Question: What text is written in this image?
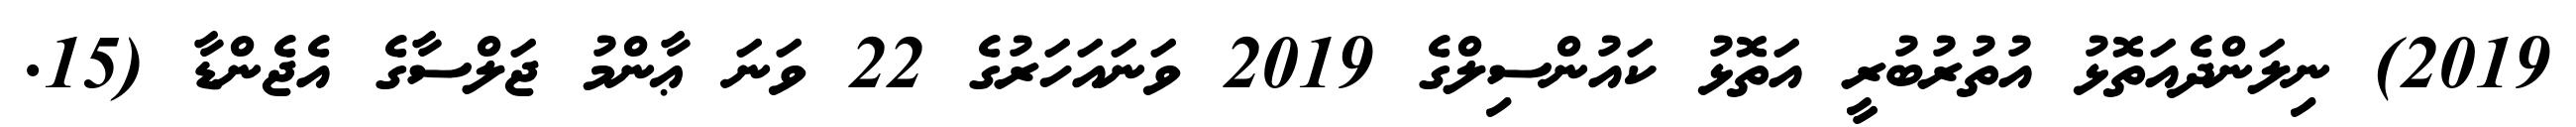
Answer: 2019) ނިލަންދެއަތޮޅު އުތުރުބުރީ އަތޮޅު ކައުންސިލްގެ 2019 ވަނައަހަރުގެ 22 ވަނަ ޢާންމު ޖަލްސާގެ އެޖެންޑާ (15.